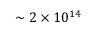
\sim 2 \times 1 0 ^ { 1 4 }